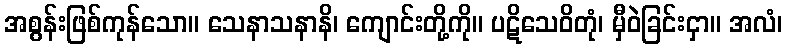
အစွန်းဖြစ်ကုန်သော။ သေနာသနာနိ၊ ကျောင်းတို့ကို။ ပဋိသေဝိတုံ၊ မှီဝဲခြင်းငှာ။ အလံ၊